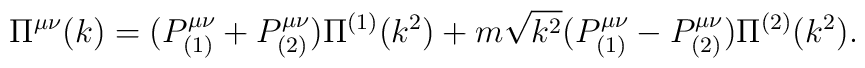
\Pi^{\mu\nu}(k)=( P^{\mu\nu}_{(1)}+ P^{\mu\nu}_{(2)})\Pi^{(1)}(k^2) +m\sqrt{k^2}( P^{\mu\nu}_{(1)}- P^{\mu\nu}_{(2)})\Pi^{(2)}(k^2).